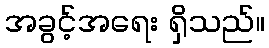
အခွင့်အရေး ရှိသည်။